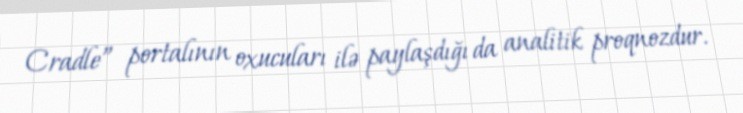
Cradle” portalının oxucuları ilə paylaşdığı da analitik proqnozdur.